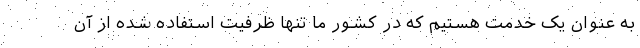
به عنوان یک خدمت هستیم که در کشور ما تنها ظرفیت استفاده شده از آن